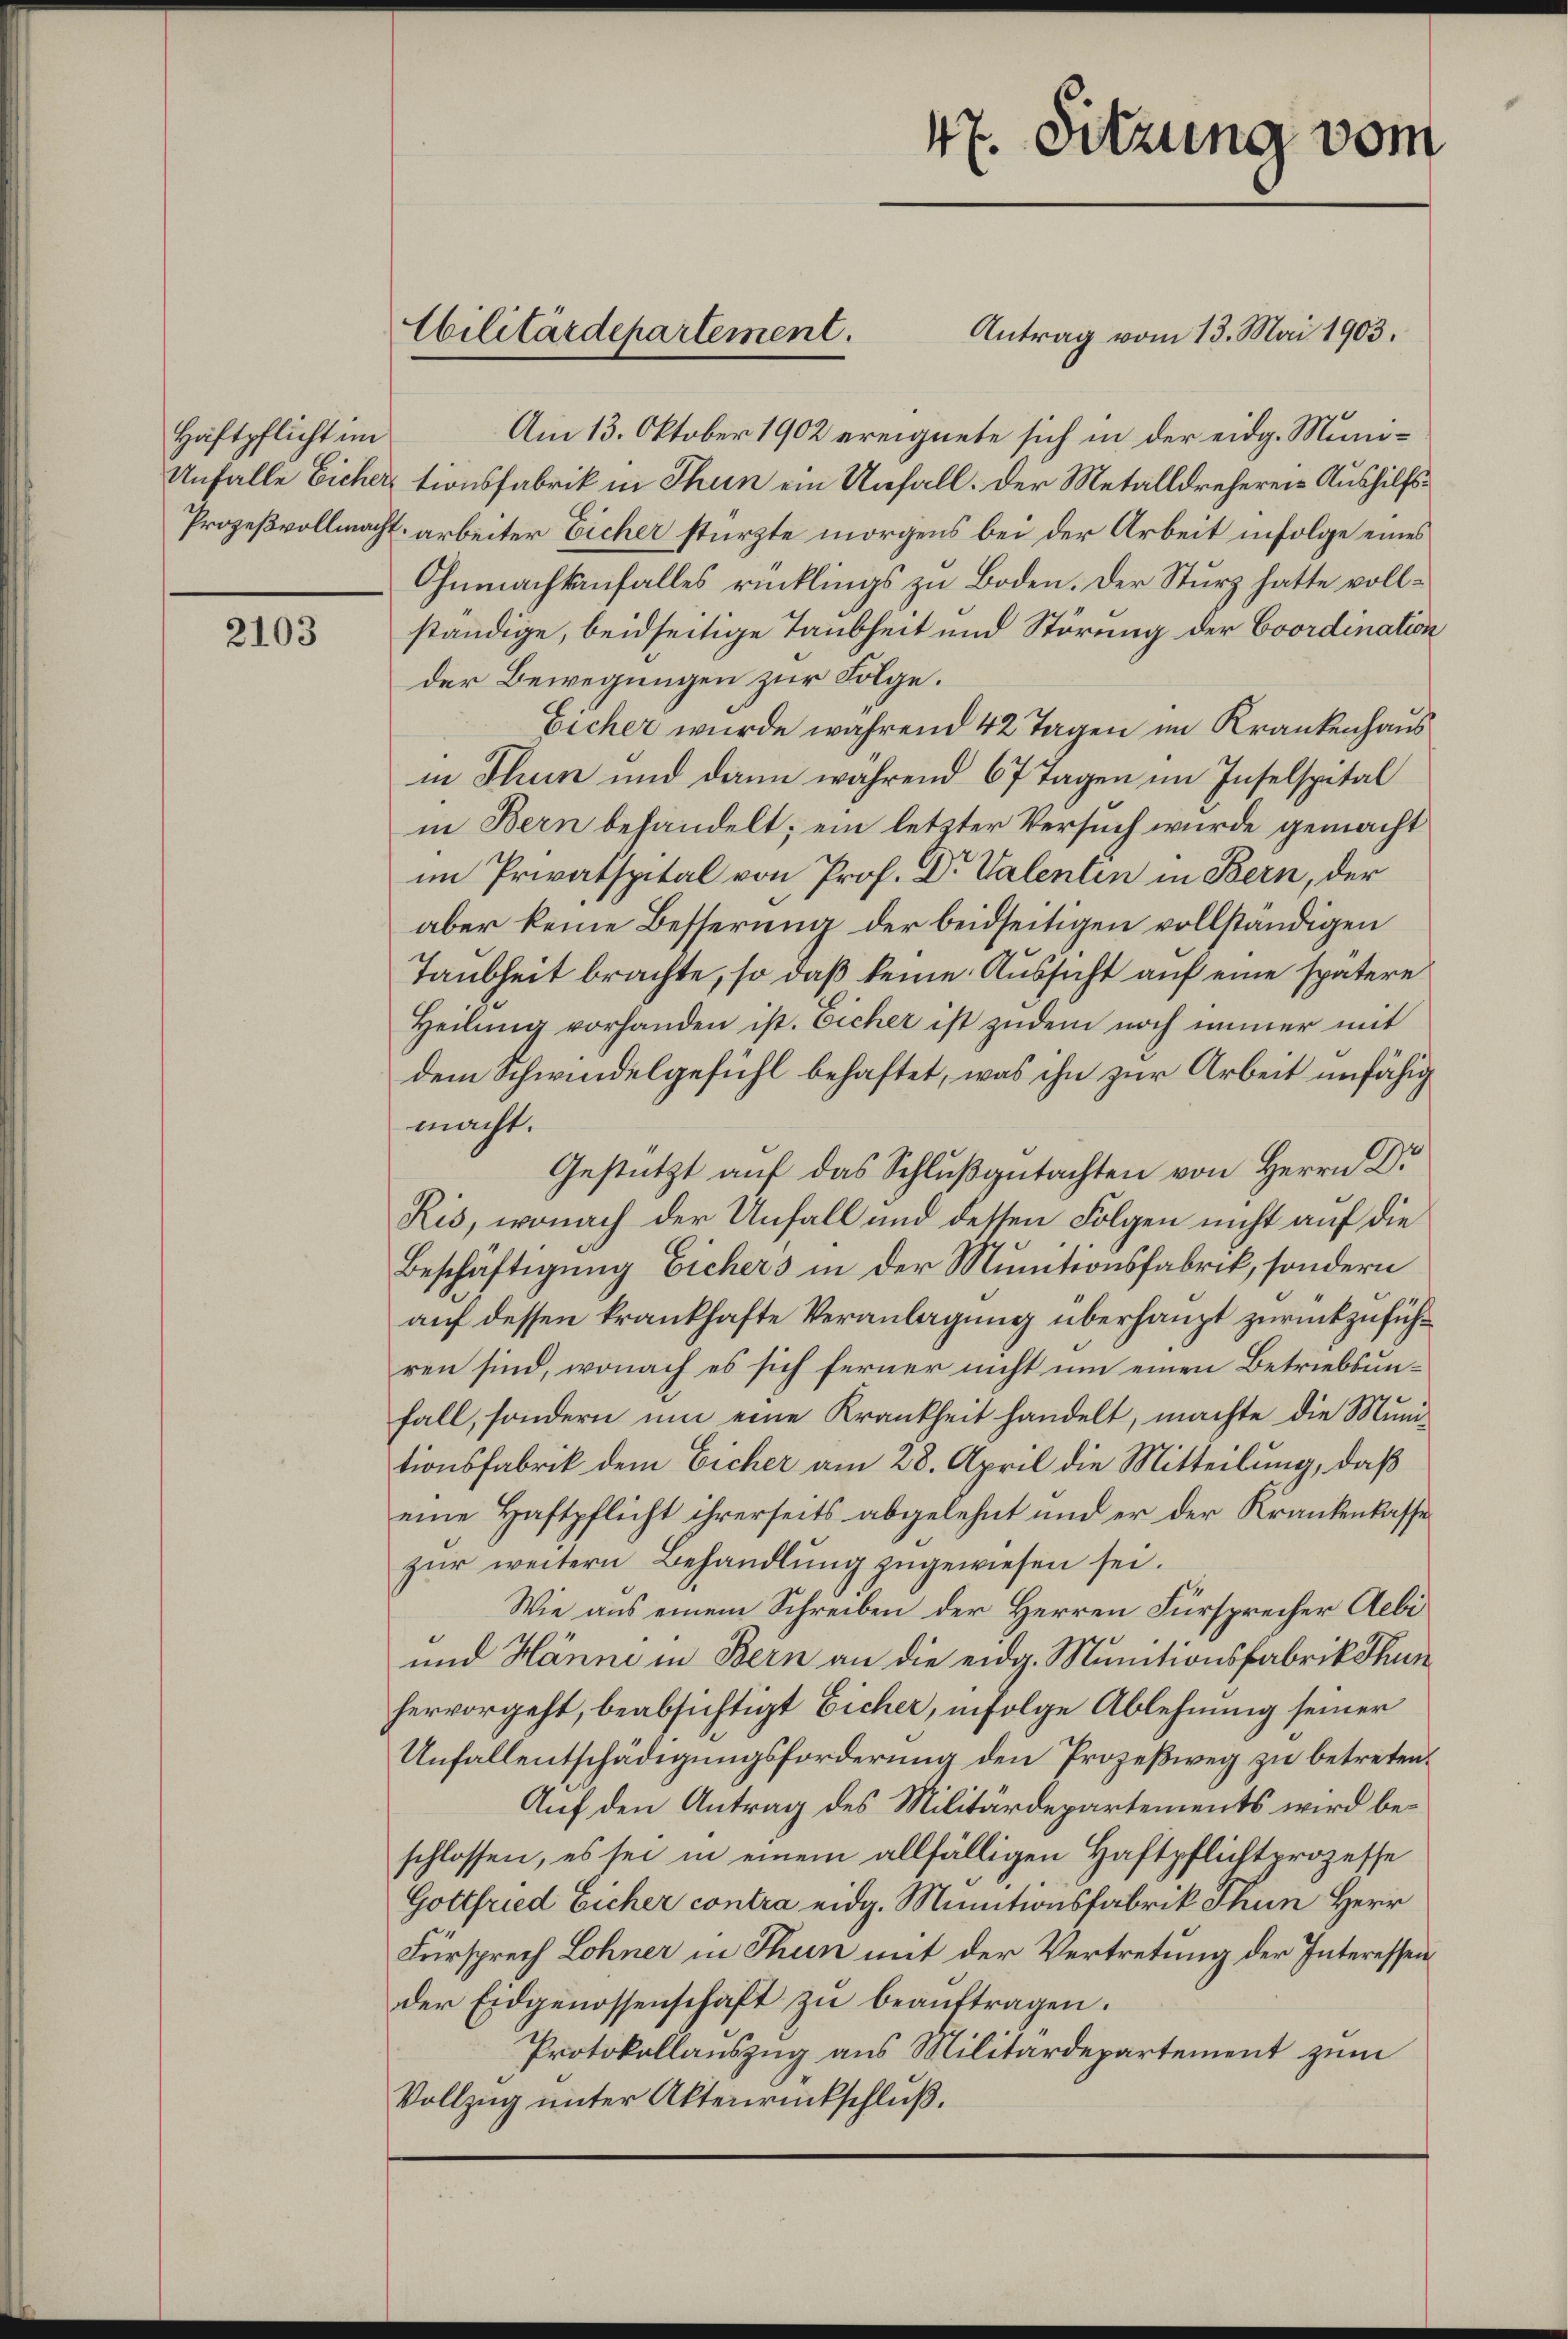
Haftpflicht im

2103

Antrag vom 13. Mai 1903.
Am 13. Oktober 1902 ereignete sich in der eidg. Muni¬
Unfalle Eicher tionsfabrik in Thun ein Unfall. Der Metalldrehereie Aushilfs¬
Prozeßvollmacht arbeiter Eicher stürzte morgens bei der Arbeit infolge eines
Ohnmachtanfalles rücklings zu Boden. Der Sturz hatte vollständige, beidseitige Taubheit und Störung der Coordination
der Bewegungen zur Folge.
Eicher wurde während 42 Tagen im Krankenhaus
in Thun und dann während 67 Tagen im Inselspital
in Bern behandelt; ein letzter Versuch wurde gemacht
im Privatspital von Prof. Dr Valenten in Bern, der
aber keine Besserung der beidseitigen vollständigen
Taubheit brachte, so daß keine Aussicht auf eine spätere
Heilung vorhanden ist. Eicher ist zudem noch immer mit
dem Schwindelgefühl behaftet, was ihn zur Arbeit unfähig
macht.
Gestützt auf das Schlußgutachten von Herrn Dr
Kis, wonach der Unfall und dessen Folgen nicht auf die
Beschäftigung Eichers in der Munitionsfabrik, sondern
auf dessen krankhafte Veranlagung überhaupt zurückzuführen sind, wonach es sich ferner nicht um einen Betriebsunfall, sondern um eine Krankheit handelt, machte die Munitionsfabrik dem Eicher am 28. April die Mitteilung, daß
eine Haftpflicht ihrerseits abgelehnt und er der Krankenkasse
zur weitern Behandlung zugewiesen sei.
Wie aus einem Schreiben der Herren Fürsprecher Aebi
und Hänni in Bern an die eidg. Munitionsfabrik Thun
hervorgeht, beabsichtigt Eicher, infolge Ablehnung seiner
Unfallentschädigungsforderung den Prozeßweg zu betreten.
Auf den Antrag des Militärdepartements wird beschlossen, es sei in einem allfälligen Haftpflichtprozesse
Gottfried Eicher contra eidg. Minutionsfabrik Thun Herr
Fürsprech Lohner in Thun mit der Vertretung der Interessen
der Eidgenossenschaft zu beauftragen.
Protokollauszug aus Militärdepartement zum
Vollzug unter Aktenrückschluß.

Cilitärdepartement.

47. Sitzung vom